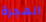
الهجرة